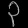
Digit: ၃